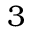
3